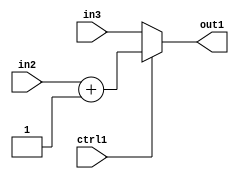
`timescale 1ps / 1ps
/*****************************************************************************
    Verilog RTL Description
    
    
    Created by: Stratus DpOpt 2019.1.01 
*******************************************************************************/

module in_buff_MuxAdd2i1u5u5u1_1 (
	in3,
	in2,
	ctrl1,
	out1
	); /* architecture "behavioural" */ 
input [4:0] in3,
	in2;
input  ctrl1;
output [4:0] out1;
wire [4:0] asc001,
	asc002;

assign asc002 = 
	+(in2)
	+(5'B00001);

reg [4:0] asc001_tmp_0;
assign asc001 = asc001_tmp_0;
always @ (ctrl1 or asc002 or in3) begin
	case (ctrl1)
		1'B1 : asc001_tmp_0 = asc002 ;
		default : asc001_tmp_0 = in3 ;
	endcase
end

assign out1 = asc001;
endmodule

/* CADENCE  v7L2Swo= : u9/ySgnWtBlWxVPRXgAZ4Og= ** DO NOT EDIT THIS LINE ******/